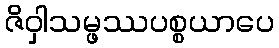
ဇိဝှါသမ္ဖဿပစ္စယာပေ